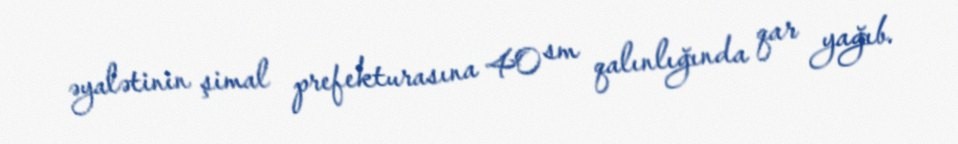
əyalətinin şimal prefekturasına 40 sm qalınlığında qar yağıb.